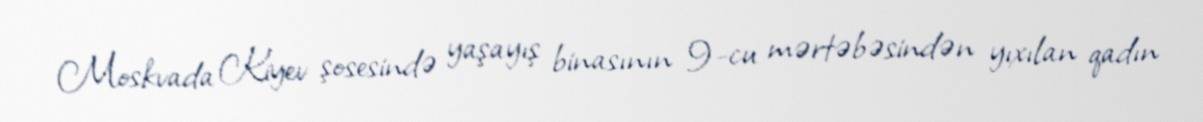
Moskvada Kiyev şosesində yaşayış binasının 9-cu mərtəbəsindən yıxılan qadın